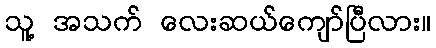
သူ့ အသက် လေးဆယ်ကျော်ပြီလား။